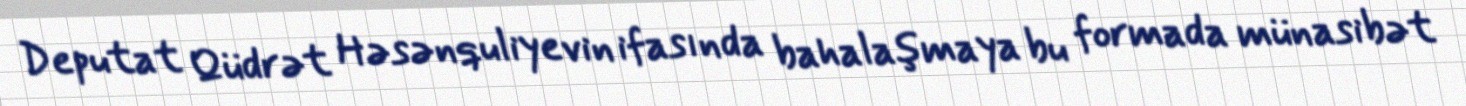
Deputat Qüdrət Həsənquliyevin ifasında bahalaşmaya bu formada münasibət